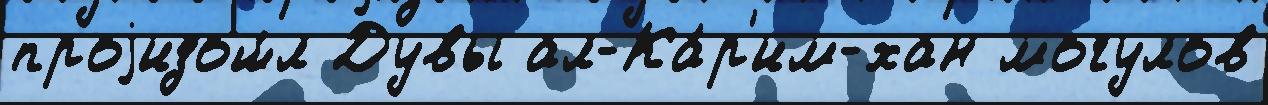
проjизош́л Дувы ал-Ка́р'им-хан могулов